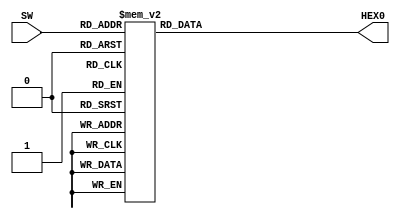
module card7seg (SW, HEX0);

input [3:0] SW;
output [6:0] HEX0;
		
   // Your code for Phase 2 goes here.  Be sure to check the Slide Set 2 notes,
   // since one of the slides almost gives away the answer here.  I wrote this as
   // a single combinational always block containing a single case statement, but 
   // there are other ways to do it.
	
	always@(*)
		case(SW)
			4'b0000: HEX0 = 7'b1111111;
			4'b0001: HEX0 = 7'b0001000;
			4'b0010: HEX0 = 7'b0010010;
			4'b0011: HEX0 = 7'b0000110;
			4'b0100: HEX0 = 7'b1001100;
			4'b0101: HEX0 = 7'b0100100;
			4'b0110: HEX0 = 7'b0100000;
			4'b0111: HEX0 = 7'b0001111;
			4'b1000: HEX0 = 7'b0000000;
			4'b1001: HEX0 = 7'b0000100;
			4'b1010: HEX0 = 7'b0000001;
			4'b1011: HEX0 = 7'b1000011;
			4'b1100: HEX0 = 7'b0001100;
			4'b1101: HEX0 = 7'b1001000;
			4'b1110: HEX0 = 7'b1111111;
			4'b1111: HEX0 = 7'b1111111;
			default: HEX0 = 7'b1111111;
		endcase
endmodule